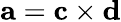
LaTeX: \mathbf{a}=\mathbf{c}\times\mathbf{d}